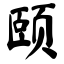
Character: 颐